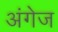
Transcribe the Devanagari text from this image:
अंगेज